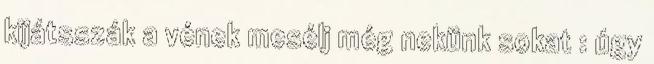
kijátsszák a vének mesélj még nekünk sokat : úgy